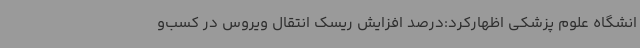
انشگاه علوم پزشکی اظهارکرد:درصد افزایش ریسک انتقال ویروس در کسب‌و